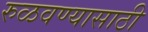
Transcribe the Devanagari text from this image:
रुळवण्यासाठी